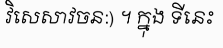
វិសេសាវចន:) ។ ក្នុង ទីនេះ